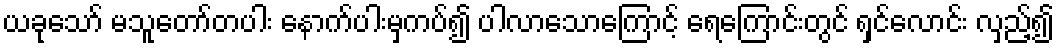
ယခုသော် မသူတော်တပါး နောက်ပါးမှကပ်၍ ပါလာသောကြောင့် ရေကြောင်းတွင် ရှင်လောင်း လှည့်၍